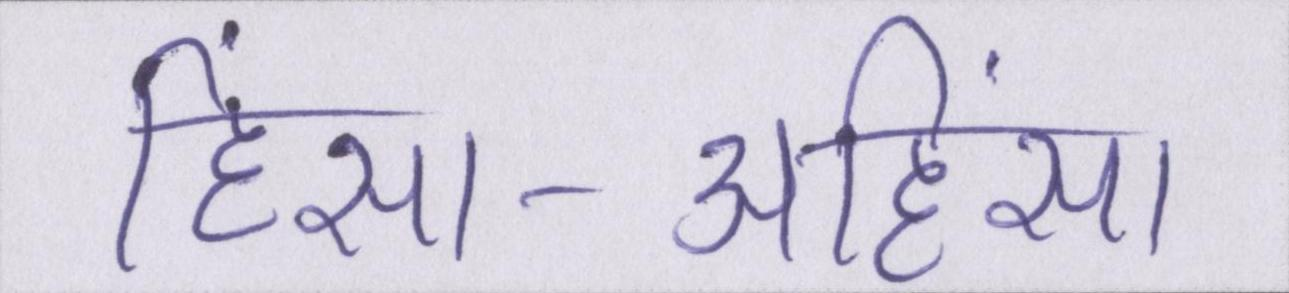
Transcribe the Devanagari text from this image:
हिंसा-अहिंसा